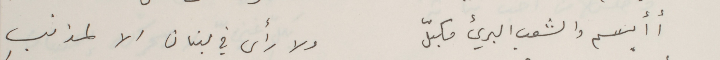
أأبسم والشعب البريء مكبلّ                    ولا رأى في لبنان الا لمذنبِ